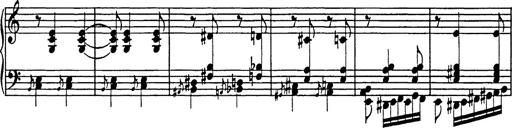
Title: Galop in A minor
Composer: Franz Liszt
Key: A minor